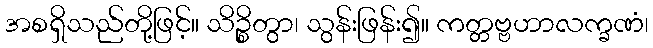
အစရှိသည်တို့ဖြင့်။ သိဉ္စိတွာ၊ သွန်းဖြန်း၍။ ကတ္တဗ္ဗဟာလက္ခဏံ၊